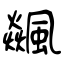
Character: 飊